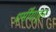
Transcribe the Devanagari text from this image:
धर्मींयाहून